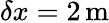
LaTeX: \delta x=2\mathrm{\, m}